Vaccination returns of the Province of Eastern Bengal and Assam - 1905-1912
Year: 1905
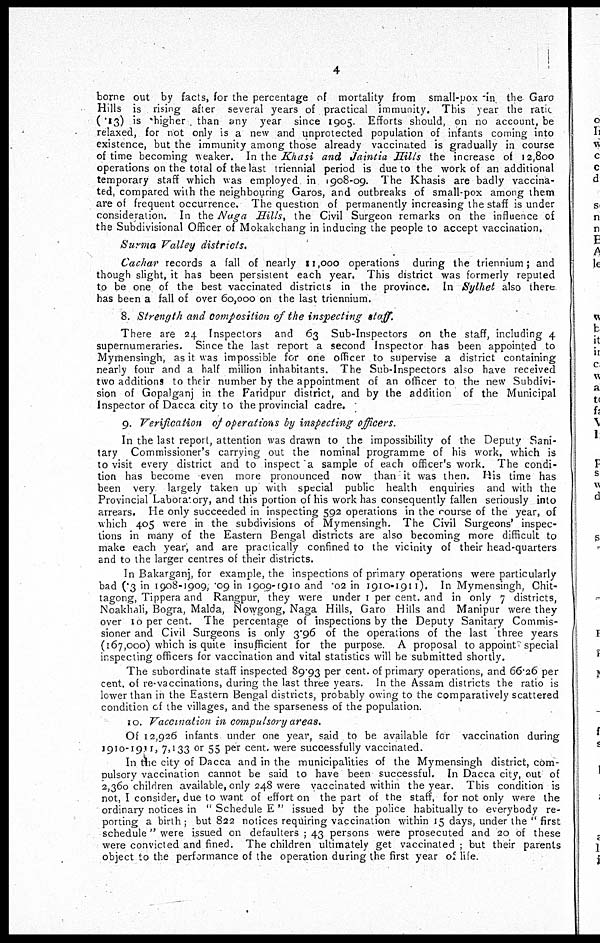
4
borne out by facts, for the percentage of mortality from small-pox in the Garo
Hills is rising after several years of practical immunity. This year the ratio
(.13) is higher than any year since 1905. Efforts should, on no account, be
relaxed, for not only is a new and unprotected population of infants coming into
existence, but the immunity among those already vaccinated is gradually in course
of time becoming weaker. In the Khasi and Jaintia Hills the increase of 12,800
operations on the total of the last triennial period is due to the work of an additional
temporary staff which was employed in 1908-09. The Khasis are badly vaccina-
ted, compared with the neighbouring Garos, and outbreaks of small-pox among them
are of frequent occurrence. The question of permanently increasing the staff is under
consideration. In the Naga Hills, the Civil Surgeon remarks on the influence of
the Subdivisional Officer of Mokakchang in inducing the people to accept vaccination.
Surma Valley districts.
Cachar records a fall of nearly 11,000 operations during the triennium; and
though slight, it has been persistent each year. This district was formerly reputed
to be one of the best vaccinated districts in the province. In Sylhet also there
has been a fall of over 60,000 on the last triennium.
8. Strength and composition of the inspecting staff.
There are 24 Inspectors and 63 Sub-Inspectors on the staff, including 4
supernumeraries. Since the last report a second Inspector has been appointed to
Mymensingh, as it was impossible for one officer to supervise a district containing
nearly four and a half million inhabitants. The Sub-Inspectors also have received
two additions to their number by the appointment of an officer to the new Subdivi-
sion of Gopalganj in the Faridpur district, and by the addition of the Municipal
Inspector of Dacca city to the provincial cadre.
9. Verification of operations by inspecting officers.
In the last report, attention was drawn to the impossibility of the Deputy Sani-
tary Commissioner's carrying out the nominal programme of his work, which is
to visit every district and to inspect a sample of each officer's work. The condi-
tion has become even more pronounced now than it was then. His time has
been very largely taken up with special public health enquiries and with the
Provincial Laboratory, and this portion of his work has consequently fallen seriously into
arrears. He only succeeded in inspecting 592 operations in the course of the year, of
which 405 were in the subdivisions of Mymensingh. The Civil Surgeons' inspec-
tions in many of the Eastern Bengal districts are also becoming more difficult to
make each year, and are practically confined to the vicinity of their head-quarters
and to the larger centres of their districts.
In Bakarganj, for example, the inspections of primary operations were particularly
bad (.3 in 1908-1909, .09 in 1909-1910 and .02 in 1910-1911). In Mymensingh, Chit-
tagong, Tippera and Rangpur, they were under 1 per cent. and in only 7 districts,
Noakhali, Bogra, Malda, Nowgong, Naga Hills, Garo Hills and Manipur were they
over 10 per cent. The percentage of inspections by the Deputy Sanitary Commis-
sioner and Civil Surgeons is only 3.96 of the operations of the last three years
(167,000) which is quite insufficient for the purpose. A proposal to appoint special
inspecting officers for vaccination and vital statistics will be submitted shortly.
The subordinate staff inspected 89.93 per cent. of primary operations, and 66.26 per
cent. of re-vaccinations, during the last three years. In the Assam districts the ratio is
lower than in the Eastern Bengal districts, probably owing to the comparatively scattered
condition of the villages, and the sparseness of the population.
10. Vaccination in compulsory areas.
Of 12,926 infants under one year, said to be available for vaccination during
1910-1911, 7,133 or 55 per cent. were successfully vaccinated.
In the city of Dacca and in the municipalities of the Mymensingh district, com-
pulsory vaccination cannot be said to have been successful. In Dacca city, out of
2,360 children available, only 248 were vaccinated within the year. This condition is
not, I consider, due to want of effort on the part of the staff, for not only were the
ordinary notices in " Schedule E " issued by the police habitually to everybody re-
porting a birth ; but 822 notices requiring vaccination within 15 days, under the " first
schedule" were issued on defaulters ; 43 persons were prosecuted and 20 of these
were convicted and fined. The children ultimately get vaccinated ; but their parents
object to the performance of the operation during the first year of life.